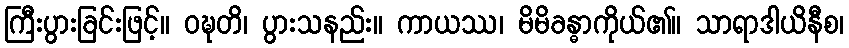
ကြီးပွားခြင်းဖြင့်။ ဝဍ္ဎတိ၊ ပွားသနည်း။ ကာယဿ၊ မိမိခန္ဓာကိုယ်၏။ သာရာဒါယိနီစ၊